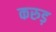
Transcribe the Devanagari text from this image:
करुड़